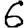
Digit: 6